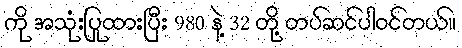
ကို အသုံးပြုထားပြီး 980 နဲ့ 32 တို့ တပ်ဆင်ပါဝင်တယ်။